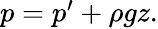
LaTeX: \begin{array}{r}{p=p^{\prime}+\rho gz.}\end{array}